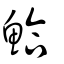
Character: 鮯